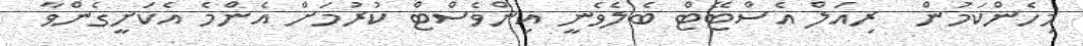
މިހެންކަމުން  ރިއަލް އެސްޓޭޓް ބެލެވެނީ އިންވެސްޓް ކުރުމަށް އެންމެ އެކަށީގެންވާ